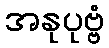
အနုပုဗ္ဗံ